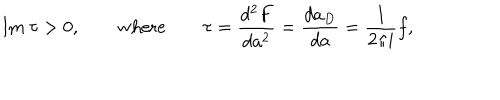
\mathrm { I m } \ \tau > 0 , \qquad \mathrm { w h e r e } \qquad \tau = \frac { d ^ { 2 } F } { d a ^ { 2 } } = \frac { d a _ { D } } { d a } = \frac { 1 } { 2 \pi i } f ,